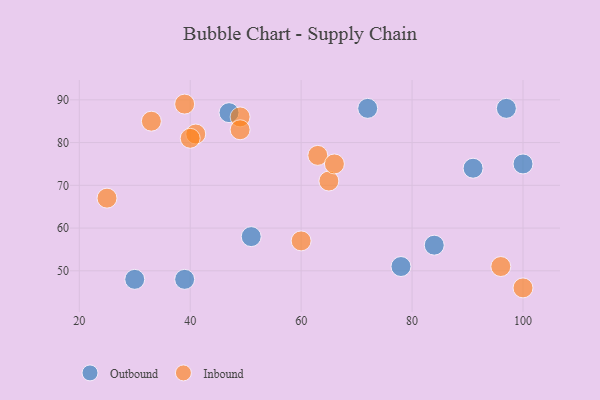
{"axis": {"x": "GDP", "y": "Life Expectancy"}, "legend": ["Inbound", "Outbound"], "data": [{"x": "39", "y": 48, "type": "Outbound"}, {"x": "84", "y": 56, "type": "Outbound"}, {"x": "97", "y": 88, "type": "Outbound"}, {"x": "78", "y": 51, "type": "Outbound"}, {"x": "91", "y": 74, "type": "Outbound"}, {"x": "51", "y": 58, "type": "Outbound"}, {"x": "47", "y": 87, "type": "Outbound"}, {"x": "72", "y": 88, "type": "Outbound"}, {"x": "30", "y": 48, "type": "Outbound"}, {"x": "100", "y": 75, "type": "Outbound"}, {"x": "63", "y": 77, "type": "Inbound"}, {"x": "39", "y": 89, "type": "Inbound"}, {"x": "49", "y": 86, "type": "Inbound"}, {"x": "41", "y": 82, "type": "Inbound"}, {"x": "96", "y": 51, "type": "Inbound"}, {"x": "100", "y": 46, "type": "Inbound"}, {"x": "65", "y": 71, "type": "Inbound"}, {"x": "40", "y": 81, "type": "Inbound"}, {"x": "49", "y": 83, "type": "Inbound"}, {"x": "66", "y": 75, "type": "Inbound"}, {"x": "33", "y": 85, "type": "Inbound"}, {"x": "60", "y": 57, "type": "Inbound"}, {"x": "25", "y": 67, "type": "Inbound"}]}